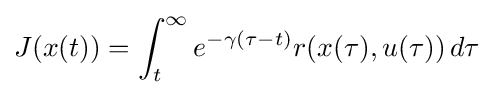
J(x(t))=\int _{t}^{\infty }e^{-\gamma (\tau -t)}r(x(\tau ),u(\tau ))\,d\tau